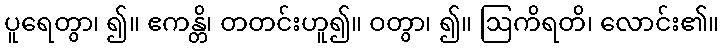
ပူရေတွာ၊ ၍။ ဧကန္တိ၊ တတင်းဟူ၍။ ဝတွာ၊ ၍။ ဩကိရတိ၊ လောင်း၏။